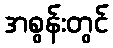
အစွန်းတွင်